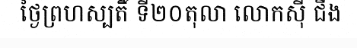
ថ្ងៃព្រហស្បតិ៍ ទី២០តុលា លោកស៊ី ជីង